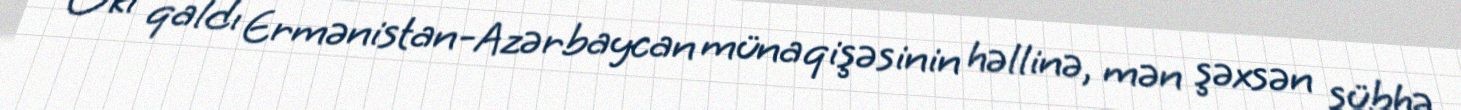
O ki qaldı Ermənistan-Azərbaycan münaqişəsinin həllinə, mən şəxsən şübhə